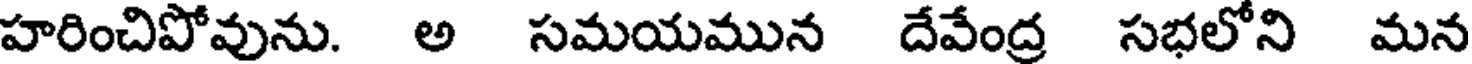
హరించిపోవును. అ సమయమున దేవేంద్ర సభలోని మన